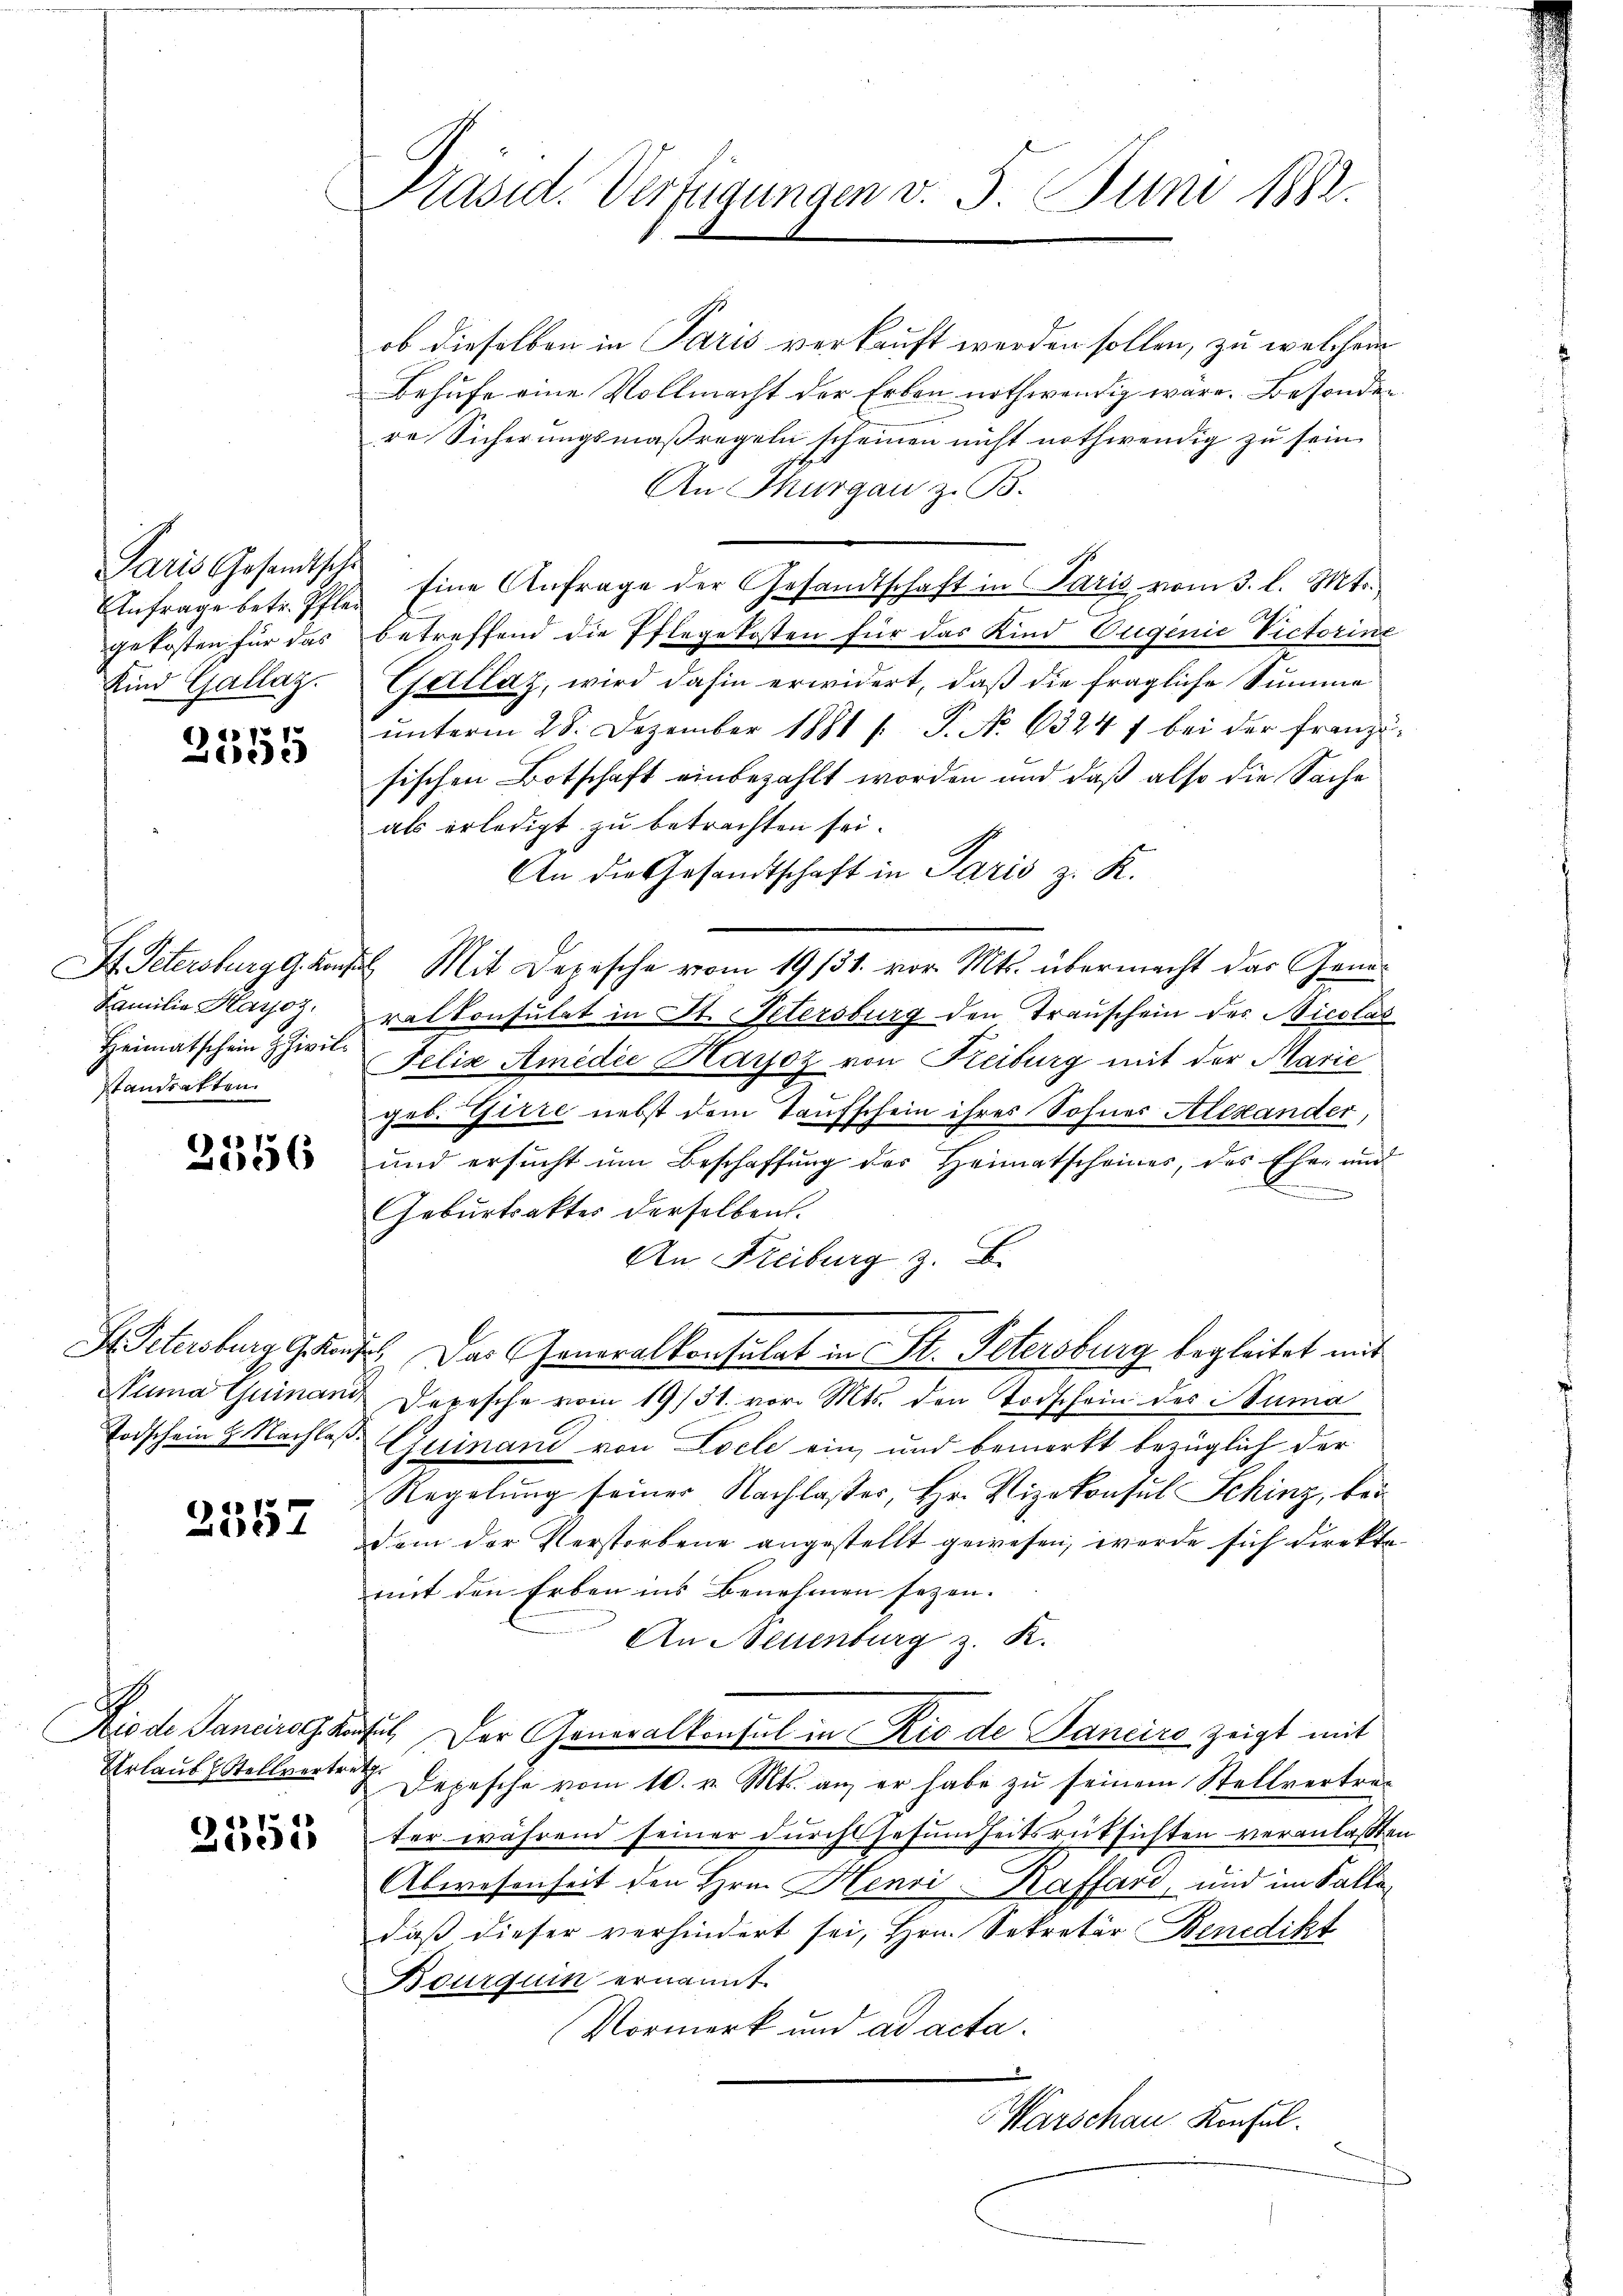
Paris Gesandtsche
gekosten für das
Kind Gallaz.

77
ie

Familie Karoz.
standsatten.

2356

2557

d
2055

Präsid. Verfügungen v. 5. Juni 1882.

ob dieselben in Paris verkauft werden sollen, zu welchem
Behufe eine Vollmacht der Erben nothwendig wäre. Besonder
re Sicherungsmaßregeln scheinen nicht nothwendig zu sein.
An Thurgau z. B.
Anfrage betr. Pfler Eine Anfrage der Gesandtschaft in Paris vom 3. l. Mts.
betreffend die Pflegekosten für das Kind Eugenie Victorine
Gállaz, wird dahin erwidert, daß die fragliche Summe
unterm 28. Dezember 1881 f. P. No 6324 f bei der franzisischen Botschaft einbezahlt worden und daß also die Sache
als erledigt zu betrachten sei.
An die Gesandtschaft in Paris z. R.
I. Petersburg G. Konsul Mit Depesche vom 19. 131. vor. Mts. übermacht das Generratkonsulat in St. Petersburg den Trauschein des Nicolas
Heimatschein Zivil Felix Amedie Harjoz von Freiburg mit der Marie
geb. Girre nebst dem Taufschein ihres Sohnes Alexander,
und ersucht um Beschaffung des Heimatscheines, des Eher und
t
Geburtsaktes derselben.
An Freiburg z. B.
A Schursburg getan. Das Generalkonsulat in K. Petersburg begleitet mit
Numa Guinand Depesche vom 19/31. vor. Mts. den Todschein des Numa
Todschein H. Nachlaß einand von Loele ein und bemerkt bezüglich der
Regelung seiner Nachlasser, Hr. Vizekonsul Schinz, bei
dem der Verstorbene angestellt gewesen, werde sich direkte
mit den Erben ins Benehmen seyen.
An Neuenburg z. K.
Niede Sanarog Konsul, Der Generalkonsul in Rio de Sanciro zeigt mit
Urlaub Stellvertrage Depesche vom 10. v. Mts. an, er habe zu seinem Stellvertreter während seiner durchsesumheitsrücksichten veranlaßten
Abwesenheit den Hrn. Henri-Kaffard, und im Faltedaß dieser verhindert sei, Hrn. Sekretär Benedikt
Bourquin ernannt.
Vormerk und ad acta.

Marschau Konsul